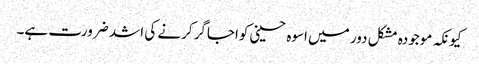
کیونکہ موجودہ مشکل دور میں اسوہ حسینی کواجاگر کرنے کی اشد ضرورت ہے۔